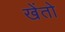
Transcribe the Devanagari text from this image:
खेंतो